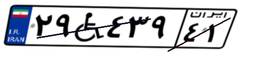
۲۹W۴۳۹۴۱